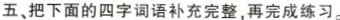
五、把下面的四字词语补充完整，再完成练习。